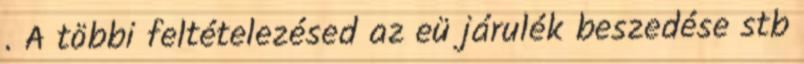
. A többi feltételezésed az eü járulék beszedése stb